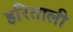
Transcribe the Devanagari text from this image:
हरिताली